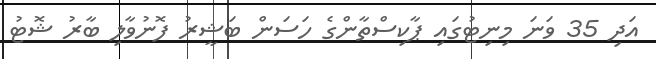
އަދި 35 ވަނަ މިނިޓުގައި ޕާކިސްތާންގެ ހަސަން ބަޝީރު ފޮނުވާލި ބާރު ޝޮޓު